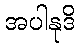
အပါနုဒိ